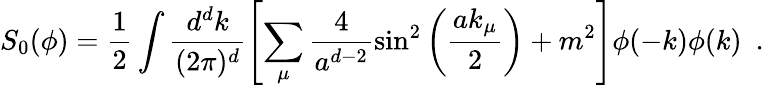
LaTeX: S_{0}(\phi)=\frac{1}{2}\int\frac{d^{d}k}{(2\pi)^{d}}\left[\sum_{\mu}\frac{4}{a^{d-2}}\sin^{2}\left(\frac{ak_{\mu}}{2}\right)+m^{2}\right]\phi(-k)\phi(k)\ \ .